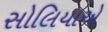
સોલિયાએ